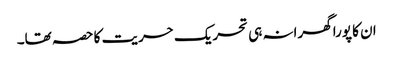
ان کا پورا گھرانہ ہی تحریک حریت کا حصہ تھا۔